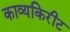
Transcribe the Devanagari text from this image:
काव्यकिरीट